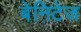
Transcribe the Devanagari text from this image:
बेनिटेज